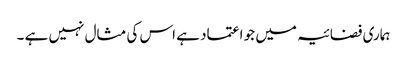
ہماری فضائیہ میں جو اعتماد ہے اس کی مثال نہیں ہے ۔